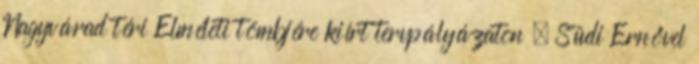
Nagyvárad téri Elméleti tömbjére kiírt tervpályázaton – Südi Ernővel